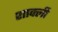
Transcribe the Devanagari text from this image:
शाक्ली